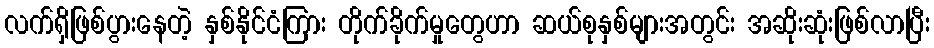
လက်ရှိဖြစ်ပွားနေတဲ့ နှစ်နိုင်ငံကြား တိုက်ခိုက်မှုတွေဟာ ဆယ်စုနှစ်များအတွင်း အဆိုးဆုံးဖြစ်လာပြီး